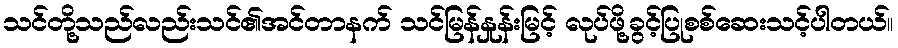
သင်တို့သည်လည်းသင်၏အင်တာနက် သင်မြန်နှုန်းမြင့် လုပ်ဖို့ခွင့်ပြုစစ်ဆေးသင့်ပါတယ်။